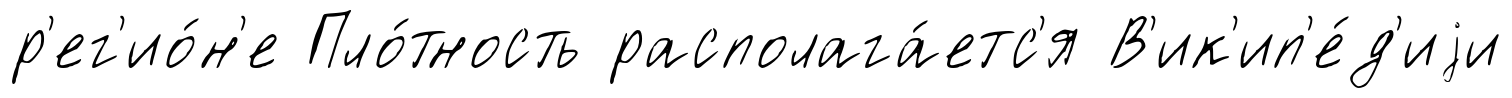
р'ег'ио́н'е Пло́тность располага́етс'я В'ик'ип'е́д'иjи